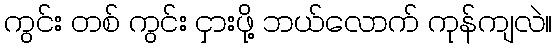
ကွင်း တစ် ကွင်း ငှားဖို့ ဘယ်လောက် ကုန်ကျလဲ။